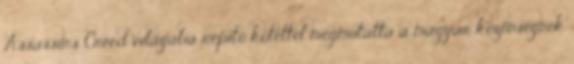
Assassin's Creed világába repítő kötettel megmutatta a magyar közönségnek